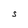
Character: S